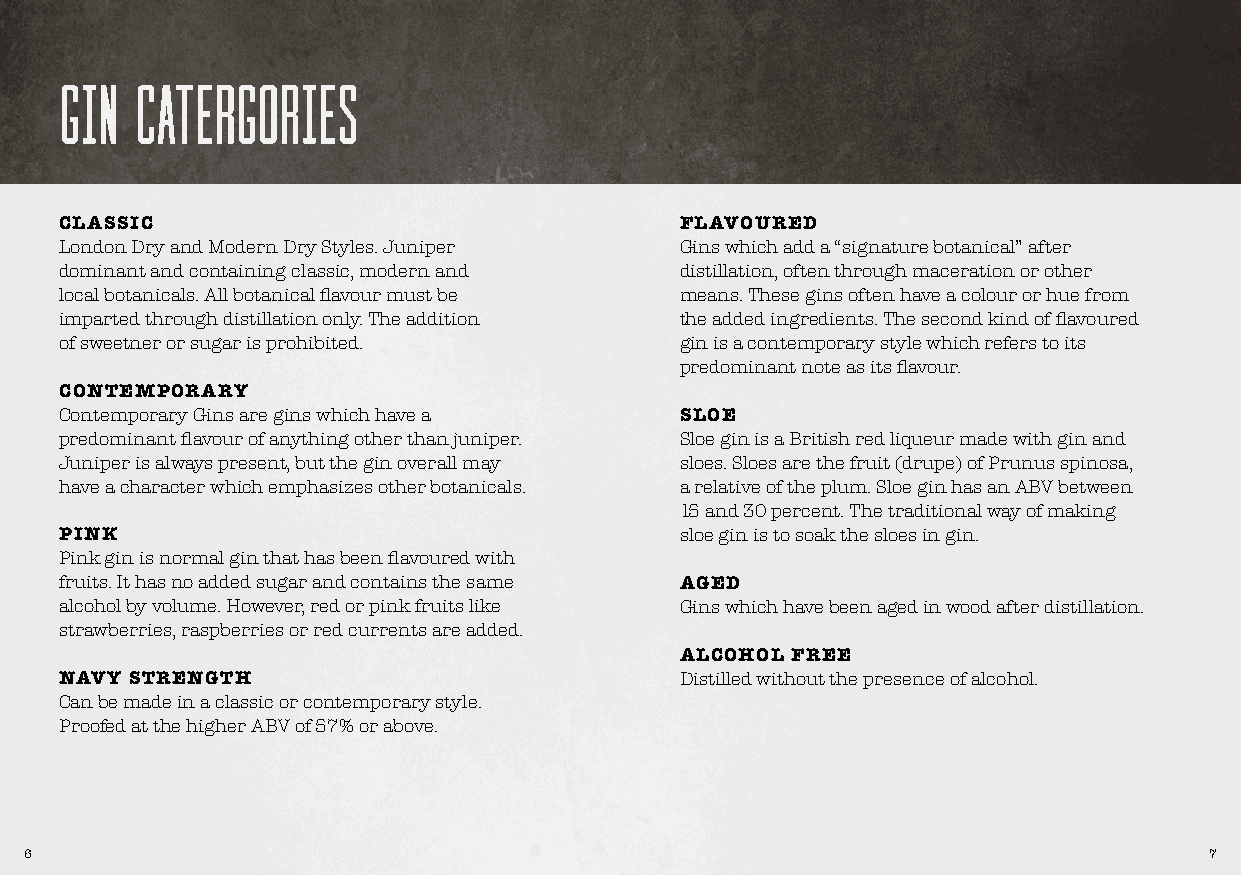
gin  catergories
 CLASSIC                                  FLAVOURED
 London Dry and Modern Dry Styles. Juniper Gins which add a “signature botanical” after
 dominant and containing classic, modern and distillation, often through maceration or other
 local botanicals. All botanical flavour must be means. These gins often have a colour or hue from
 imparted through distillation only. The addition the added ingredients. The second kind of flavoured
 of sweetner or sugar is prohibited.      gin is a contemporary style which refers to its
 predominant note as its flavour.
 CONTEMPORARY
 Contemporary Gins are gins which have a  SLOE
 predominant flavour of anything other than juniper. Sloe gin is a British red liqueur made with gin and
 Juniper is always present, but the gin overall may sloes. Sloes are the fruit (drupe) of Prunus spinosa,
 have a character which emphasizes other botanicals. a relative of the plum. Sloe gin has an ABV between
 15 and 30 percent. The traditional way of making
 PINK                                     sloe gin is to soak the sloes in gin.
 Pink gin is normal gin that has been flavoured with
 fruits. It has no added sugar and contains the same AGED
 alcohol by volume. However, red or pink fruits like Gins which have been aged in wood after distillation.
 strawberries, raspberries or red currents are added.
 ALCOHOL FREE
 NAVY STRENGTH                            Distilled without the presence of alcohol.
 Can be made in a classic or contemporary style.
 Proofed at the higher ABV of 57% or above.
 6                                                                             7